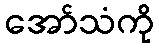
အော်သံကို